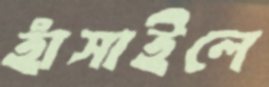
হাঁসাইলে